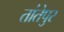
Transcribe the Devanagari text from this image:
तांतेपुर